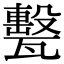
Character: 𤮛